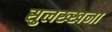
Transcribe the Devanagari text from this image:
सुलख्खना